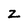
Character: Z